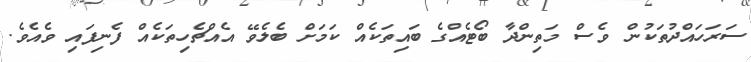
ސަރަހައްދުތަކުން ވެސް މަތިންދާ ބޯޓެއްގެ ބައިތަކެއް ކަމަށް ބެލެވޭ އެއްޗެހިތަކެއް ފެނިފައި ވެއެވެ.